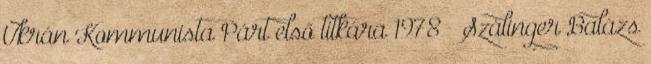
Ukrán Kommunista Párt első titkára 1978 – Szálinger Balázs